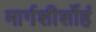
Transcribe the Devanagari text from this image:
मार्गशीर्शोहं